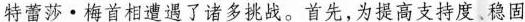
特蕾莎·梅首相遭遇了诸多挑战。首先，为提高支持度、稳固